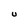
Character: U